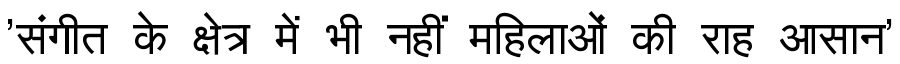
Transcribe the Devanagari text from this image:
'संगीत के क्षेत्र में भी नहीं महिलाओं की राह आसान'